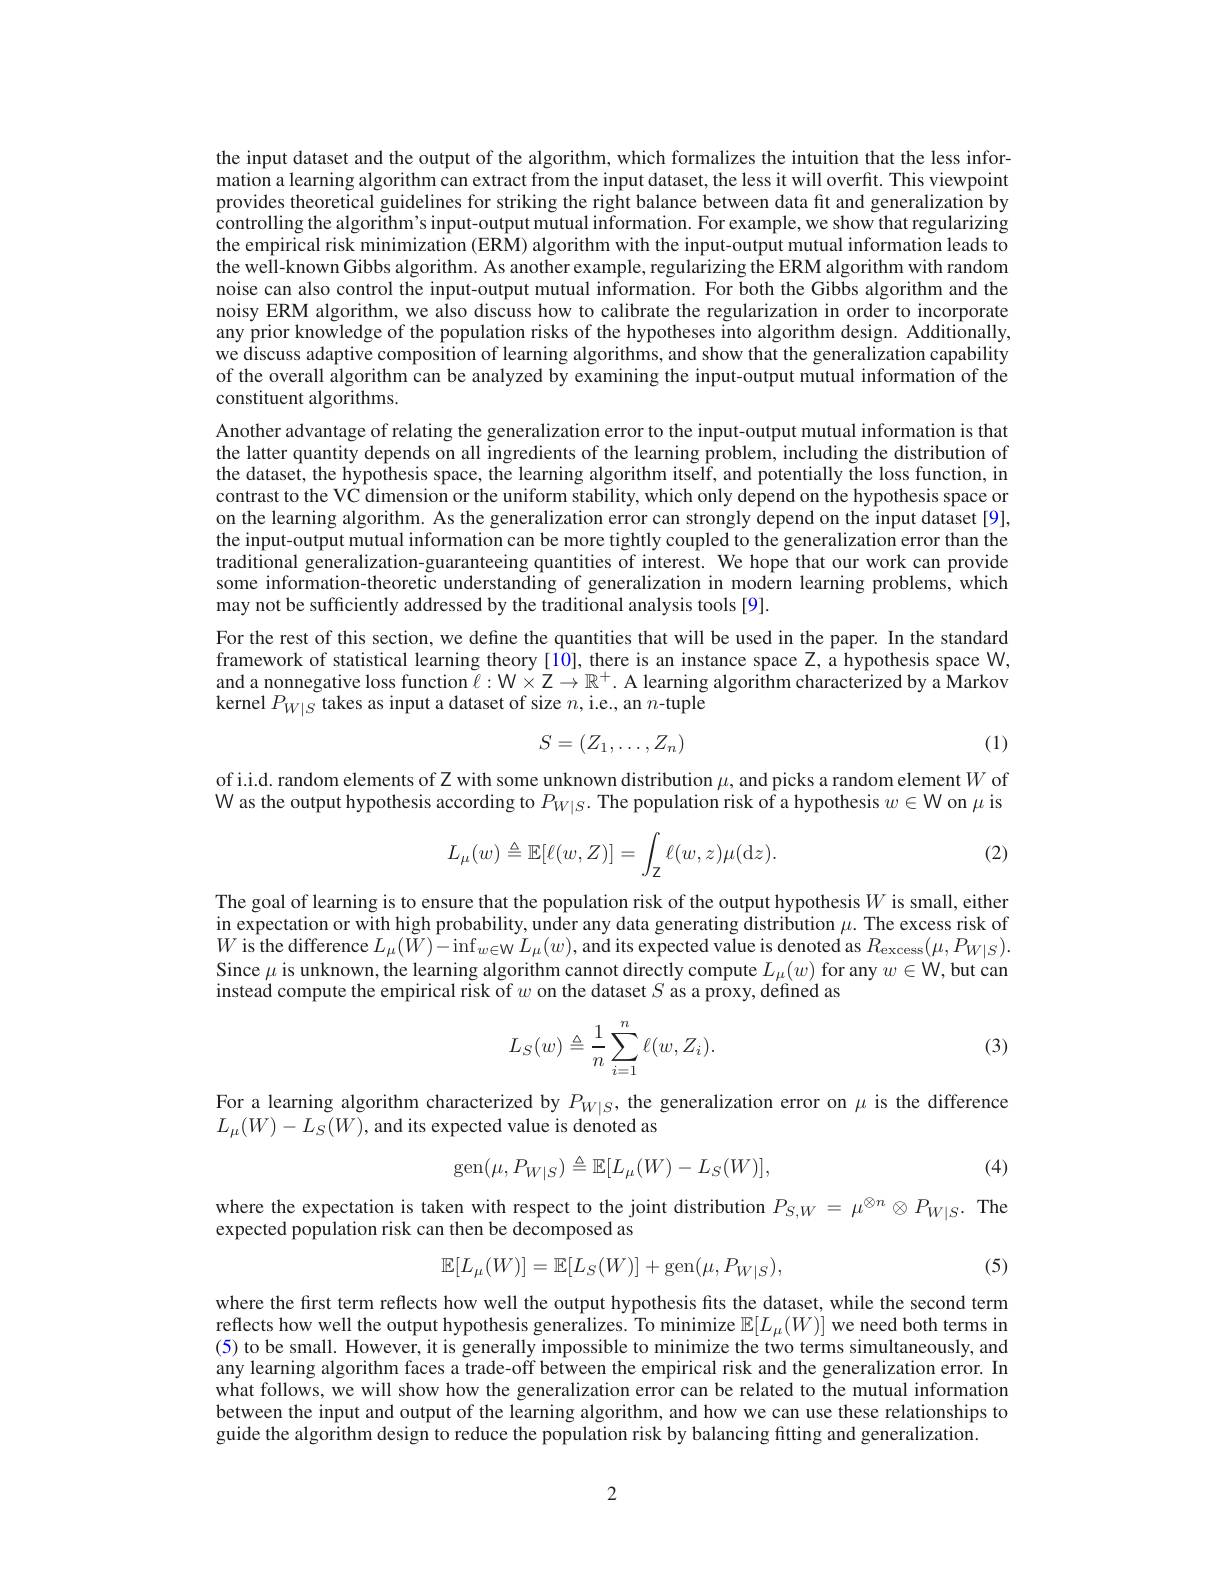
the input dataset and the output of the algorithm, which formalizes the intuition that the less information a learning algorithm can extract from the input dataset, the less it will overfit. This viewpoint provides theoretical guidelines for striking the right balance between data fit and generalization by controlling the algorithm's input-output mutual information. For example, we show that regularizing the empirical risk minimization (ERM) algorithm with the input-output mutual information leads to the well-known Gibbs algorithm. As another example, regularizing the ERM algorithm with random noise can also control the input-output mutual information. For both the Gibbs algorithm and the noisy ERM algorithm, we also discuss how to calibrate the regularization in order to incorporate any prior knowledge of the population risks of the hypotheses into algorithm design. Additionally, we discuss adaptive composition of learning algorithms, and show that the generalization capability of the overall algorithm can be analyzed by examining the input-output mutual information of the constituent algorithms.
Another advantage of relating the generalization error to the input-output mutual information is that the latter quantity depends on all ingredients of the learning problem, including the distribution of the dataset, the hypothesis space, the learning algorithm itself, and potentially the loss function, in contrast to the VC dimension or the uniform stability, which only depend on the hypothesis space or on the learning algorithm. As the generalization error can strongly depend on the input dataset [9], the input-output mutual information can be more tightly coupled to the generalization error than the traditional generalization-guaranteeing quantities of interest. We hope that our work can provide some information-theoretic understanding of generalization in modern learning problems, which may not be sufficiently addressed by the traditional analysis tools [9].
For the rest of this section, we define the quantities that will be used in the paper. In the standard framework of statistical learning theory [10], there is an instance space Z, a hypothesis space W, and a nonnegative loss function $\ell:\mathcal{W}\times\mathcal{Z}\to\mathbb{R}^+.$ A learning algorithm characterized by a Markov kernel $P_W|S$ takes as input a dataset of size $n$,i.e., an-tuple

(1)
$$S=(Z_1,\ldots,Z_n)$$
of i.i.d. random elements of Z with some unknown distribution $\mu$, and picks a random element $W$ of W as the output hypothesis according to $P_{W|S}.$ The population risk of a hypothesis $w\in\mathcal{W}$ on $\mu$ is

(2)
$$L_\mu(w)\triangleq\mathbb{E}[\ell(w,Z)]=\int_\mathbb{Z}\ell(w,z)\mu(\mathrm dz).$$
The goal of learning is to ensure that the population risk of the output hypothesis $W$ is small, either $\begin{array}{c}\text{in expectation or with high probability, under any data generating distribution }\mu.\textsf{The excess risk of}\\\text{in expectation or with high probability, under any data generating distribution }\mu.\textsf{The exces}\mathrm{s~risk~of}\\\text{in expectation or with high probab}\end{array}$ $\tilde{W\text{ is the difference }L}_{\mu}(\tilde{W})-\inf_{w\in\mathcal{W}}\dot{L}_{\mu}(w)$,and its expected value is denoted as $R_\mathrm{excess}(\mu,P_{W|S}).$ Since $\mu$ is unknown, the learning algorithm cannot directly compute $L_\mu(w)$ for any $w\in\mathbb{W}$,but can instead compute the empirical risk of $w$ on the dataset $S$ as a proxy, defined as

(3)
$$L_S(w)\triangleq\dfrac{1}{n}\sum_{i=1}^n\ell(w,Z_i).$$
For a learning algorithm characterized by $P_W|S$, the generalization error on $\mu$ is the difference
$L_{\mu}(W)-L_{S}(W)$,and its expected value is denoted as

(4)
$$\mathrm{gen}(\mu,P_{W|S})\triangleq\mathbb{E}[L_{\mu}(W)-L_{S}(W)],$$
where the expectation is taken with respect to the joint distribution $P_{S,W}=\mu^{\otimes n}\otimes P_{W|S}.$ The

expected population risk can then be decomposed as

(5)
$$\mathbb{E}[L_{\mu}(W)]=\mathbb{E}[L_{S}(W)]+\mathrm{gen}(\mu,P_{W|S}),$$
where the first term reflects how well the output hypothesis fits the dataset, while the second term reflects how well the output hypothesis generalizes. To minimize $\mathbb{E}[L_\mu(W)]$ we need both terms in (5) to be small. However, it is generally impossible to minimize the two terms simultaneously, and any learning algorithm faces a trade-off between the empirical risk and the generalization error. In what follows, we will show how the generalization error can be related to the mutual information between the input and output of the learning algorithm, and how we can use these relationships to guide the algorithm design to reduce the population risk by balancing fitting and generalization.

2